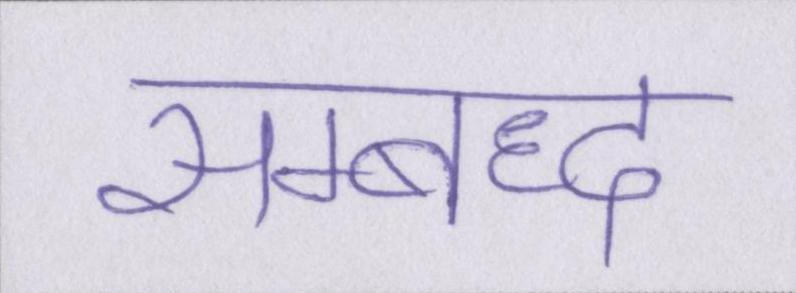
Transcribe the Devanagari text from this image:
सम्बध्द